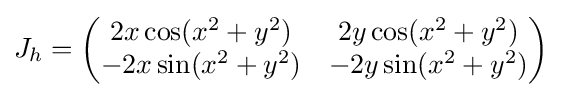
J_{h}={\begin{pmatrix}2x\cos(x^{2}+y^{2})&2y\cos(x^{2}+y^{2})\\-2x\sin(x^{2}+y^{2})&-2y\sin(x^{2}+y^{2})\end{pmatrix}}